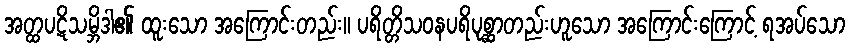
အတ္ထပဋိသမ္ဘိဒါ၏ ထူးသော အကြောင်းတည်း။ ပရိတ္တိသဝနပရိပုစ္ဆာတည်းဟူသော အကြောင်းကြောင့် ရအပ်သော